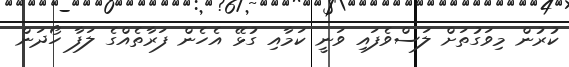
ކުރުން މިވަގުތަށް ލަސްވެފައި ވަނީ ކަމާއި ގުޅޭ އެހެން ފަރާތެއްގެ ލަފާ ހޯދަން